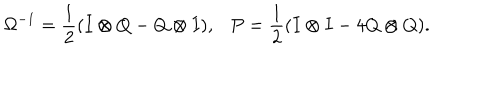
\Omega ^ { - 1 } = \frac { 1 } { 2 } ( I \otimes Q - Q \otimes I ) , P = \frac { 1 } { 2 } ( I \otimes I - 4 Q \otimes Q ) .